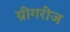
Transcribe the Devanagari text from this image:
ग्रीगरीज